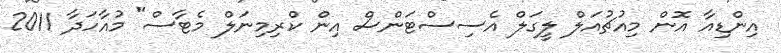
އިންޑިއާ އޮން މިއުޗުއަލް ލީގަލް އެސިސްޓަންސް އިން ކްރިމިނަލް މެޓާސް" މުއާހަދާ 2011